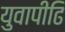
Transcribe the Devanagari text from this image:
युवापीढि